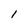
Character: 1